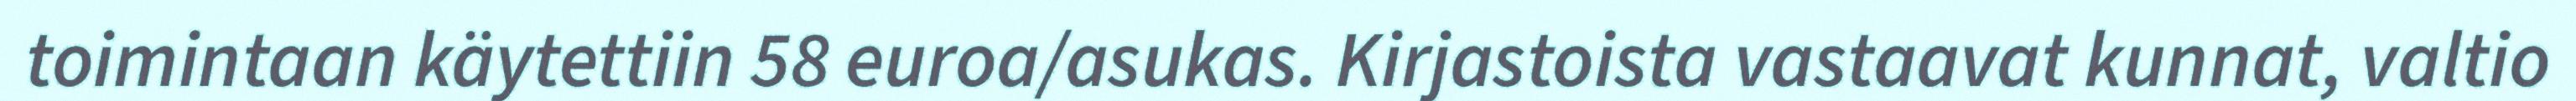
toimintaan käytettiin 58 euroa/asukas. Kirjastoista vastaavat kunnat, valtio